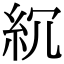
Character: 𥾚